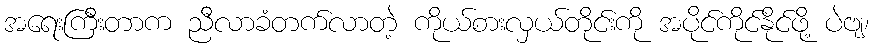
အရေးကြီးတာက ညီလာခံတက်လာတဲ့ ကိုယ်စားလှယ်တိုင်းကို အပိုင်ကိုင်နိုင်ဖို့ ပဲဗျ၊